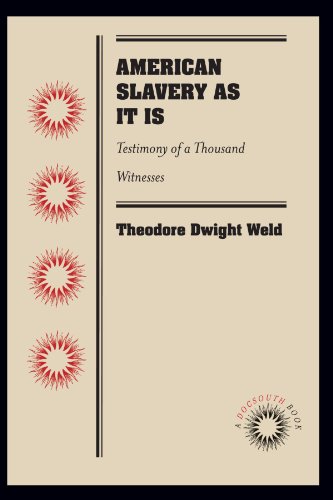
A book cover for American Slavery As It Is: Testimony of a Thousand Witnesses; Theodore Dwight Weld; History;